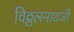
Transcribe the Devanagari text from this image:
विठ्ठलनाथजी